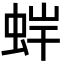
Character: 𧊩